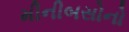
મીનીબસોનો